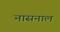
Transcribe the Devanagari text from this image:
नासनाल